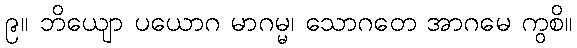
၉။ ဘိယျော ပယောဂ မာဂမ္မ၊ သောဂတေ အာဂမေ ကွစိ။